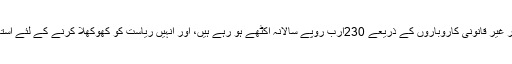
بھتہ خوری، سمگلنگ اور غیر قانونی کاروباروں کے ذریعے 230ارب روپے سالانہ اکٹھے ہو رہے ہیں، اور انہیں ریاست کو کھوکھلا کرنے کے لئے استعمال میں لایا جا رہا ہے۔